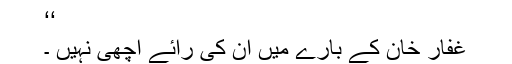
‘‘
غفار خان کے بارے میں ان کی رائے اچھی نہیں ۔